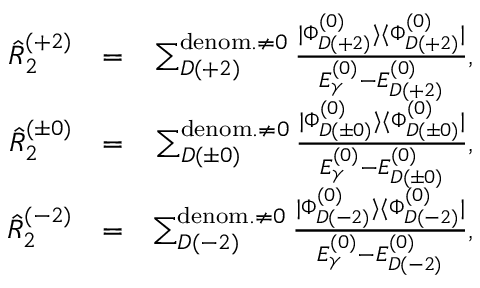
\begin{array} { r l r } { \hat { R } _ { 2 } ^ { ( + 2 ) } } & { = } & { \sum _ { D ( + 2 ) } ^ { { \mathrm { d e n o m . } \neq 0 } } \frac { | \Phi _ { D ( + 2 ) } ^ { ( 0 ) } \rangle \langle \Phi _ { D ( + 2 ) } ^ { ( 0 ) } | } { E _ { \gamma } ^ { ( 0 ) } - E _ { D ( + 2 ) } ^ { ( 0 ) } } , } \\ { \hat { R } _ { 2 } ^ { ( \pm 0 ) } } & { = } & { \sum _ { D ( \pm 0 ) } ^ { { \mathrm { d e n o m . } \neq 0 } } \frac { | \Phi _ { D ( \pm 0 ) } ^ { ( 0 ) } \rangle \langle \Phi _ { D ( \pm 0 ) } ^ { ( 0 ) } | } { E _ { \gamma } ^ { ( 0 ) } - E _ { D ( \pm 0 ) } ^ { ( 0 ) } } , } \\ { \hat { R } _ { 2 } ^ { ( - 2 ) } } & { = } & { \sum _ { D ( - 2 ) } ^ { { \mathrm { d e n o m . } \neq 0 } } \frac { | \Phi _ { D ( - 2 ) } ^ { ( 0 ) } \rangle \langle \Phi _ { D ( - 2 ) } ^ { ( 0 ) } | } { E _ { \gamma } ^ { ( 0 ) } - E _ { D ( - 2 ) } ^ { ( 0 ) } } , } \end{array}